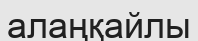
алаңқайлы